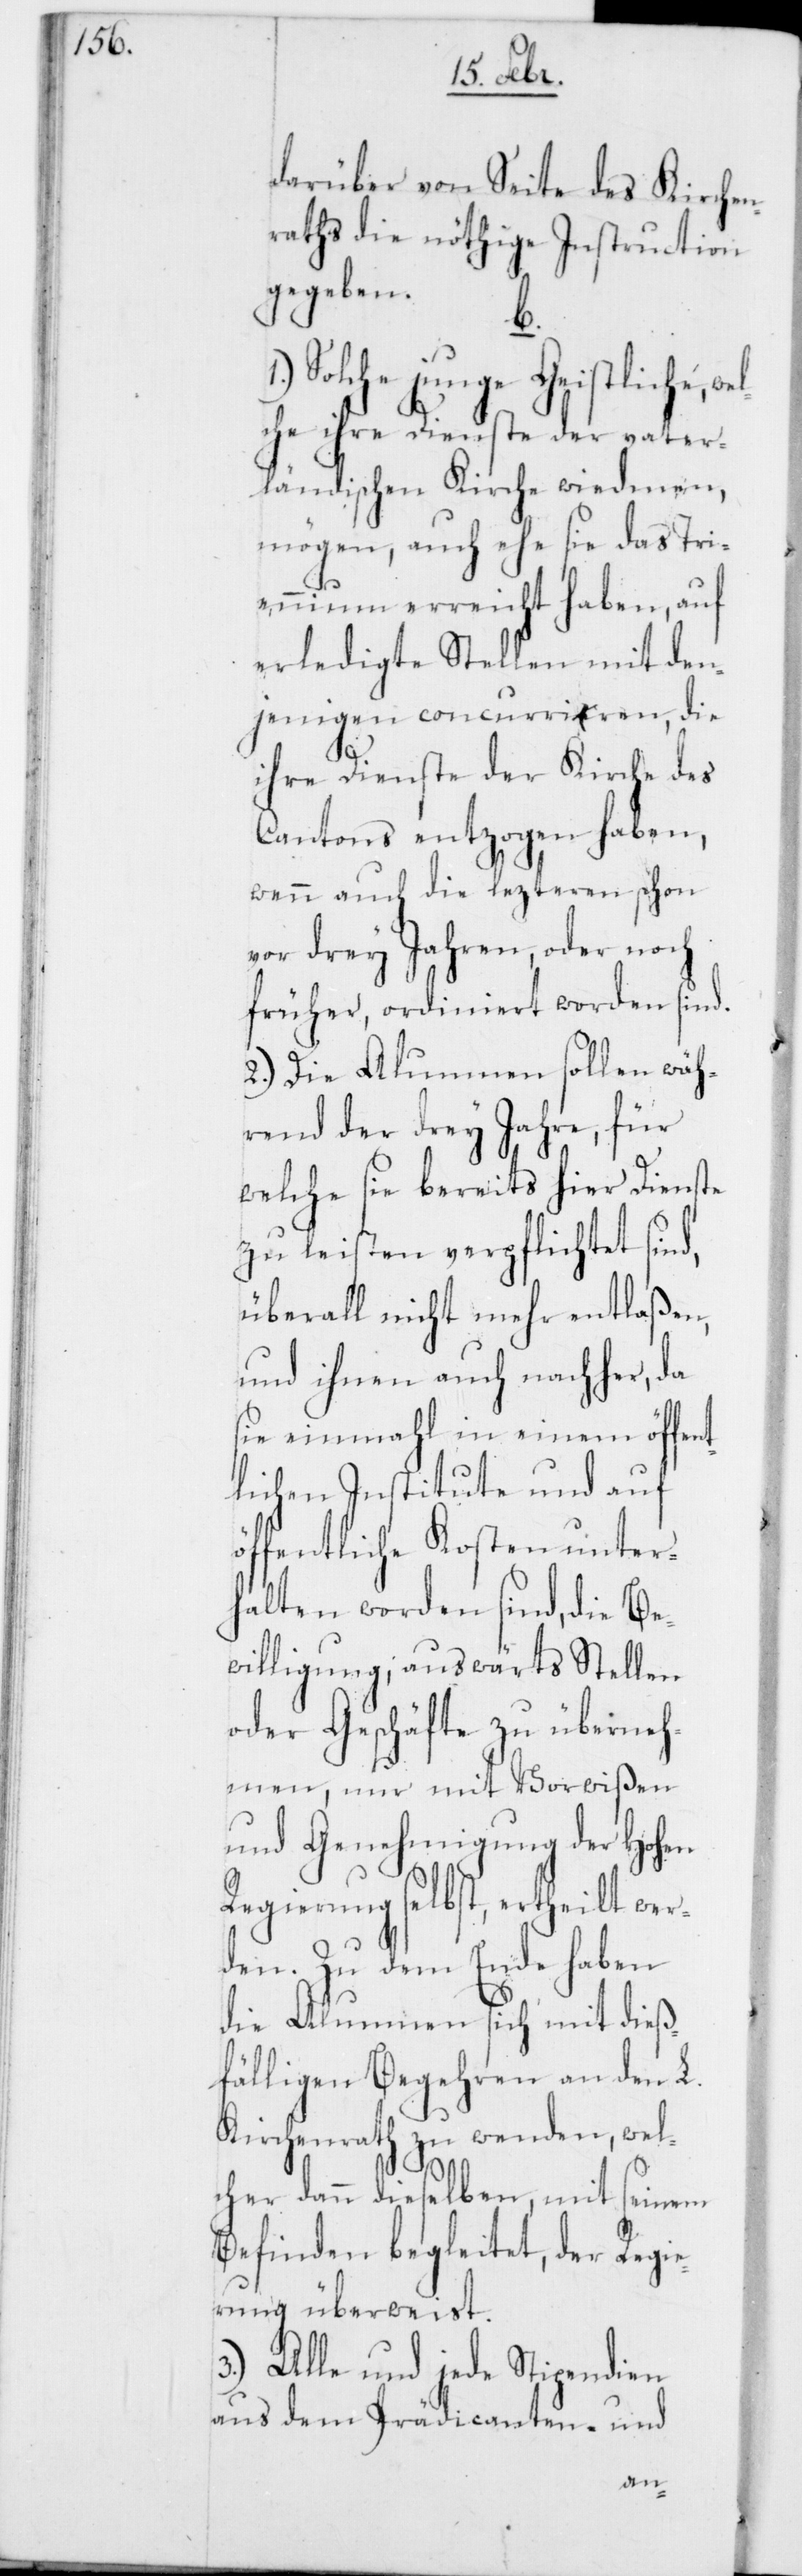
darüber von Seite des Kirchen¬
raths die nöthige Instruction
gegeben.
b.
Solche junge Geistliche, w¬
elche ihre Dienste der vater¬
ländischen Kirche wiedmen,
mögen, auch ehe sie das Tri¬
ennium erreicht haben, auf
erledigte Stellen mit den¬
jenigen concurriren, die
ihre Dienste der Kirche des
Cantons entzogen haben,
wenn auch die lezteren schon
vor drey Jahren, oder noch
früher, ordiniert worden sind.
2.) Die Alumnen sollen wäh¬
rend der drey Jahre, für
welche sie bereits hier Dienste
zu leisten verpflichtet sind,
überall nicht mehr entlaßen,
und ihnen auch nachher, da
sie einmahl in einem öffent¬
lichen Institute und auf
öffentliche Kosten unter¬
halten worden sind, die Be¬
willigung, auswärts Stellen
oder Geschäfte zu überneh¬
men, nur mit Vorwißen
und Genehmigung der Hohen
Regierung selbst, ertheilt wer¬
den. Zu dem Ende haben
die Alumnen sich mit dieß¬
fälligen Begehren an den L.
Kirchenrath zu wenden, wel¬
cher dann dieselben, mit seinem
Befinden begleitet, der Regi¬
erung überweist.
3.) Alle und jede Stipendien
aus dem Prädicanten- und